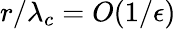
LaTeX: r/\lambda_{c}=O(1/\epsilon)